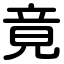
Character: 竟